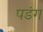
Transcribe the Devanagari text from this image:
पडंग